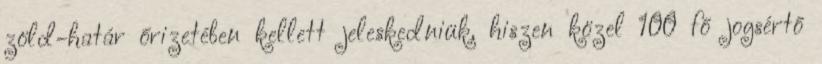
zöld-határ őrizetében kellett jeleskedniük, hiszen közel 100 fő jogsértő